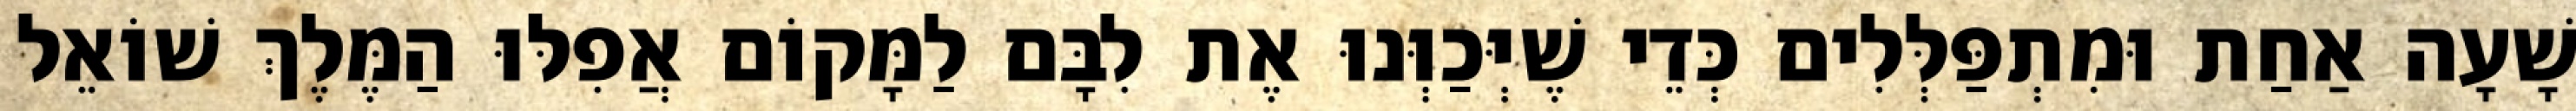
שָׁעָה אַחַת וּמִתְפַּלְּלִים כְּדֵי שֶׁיְּכַוְּנוּ אֶת לִבָּם לַמָּקוֹם אֲפִלּוּ הַמֶּלֶךְ שׁוֹאֵל